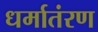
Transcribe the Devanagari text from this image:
धर्मातंरण